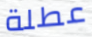
عطلة